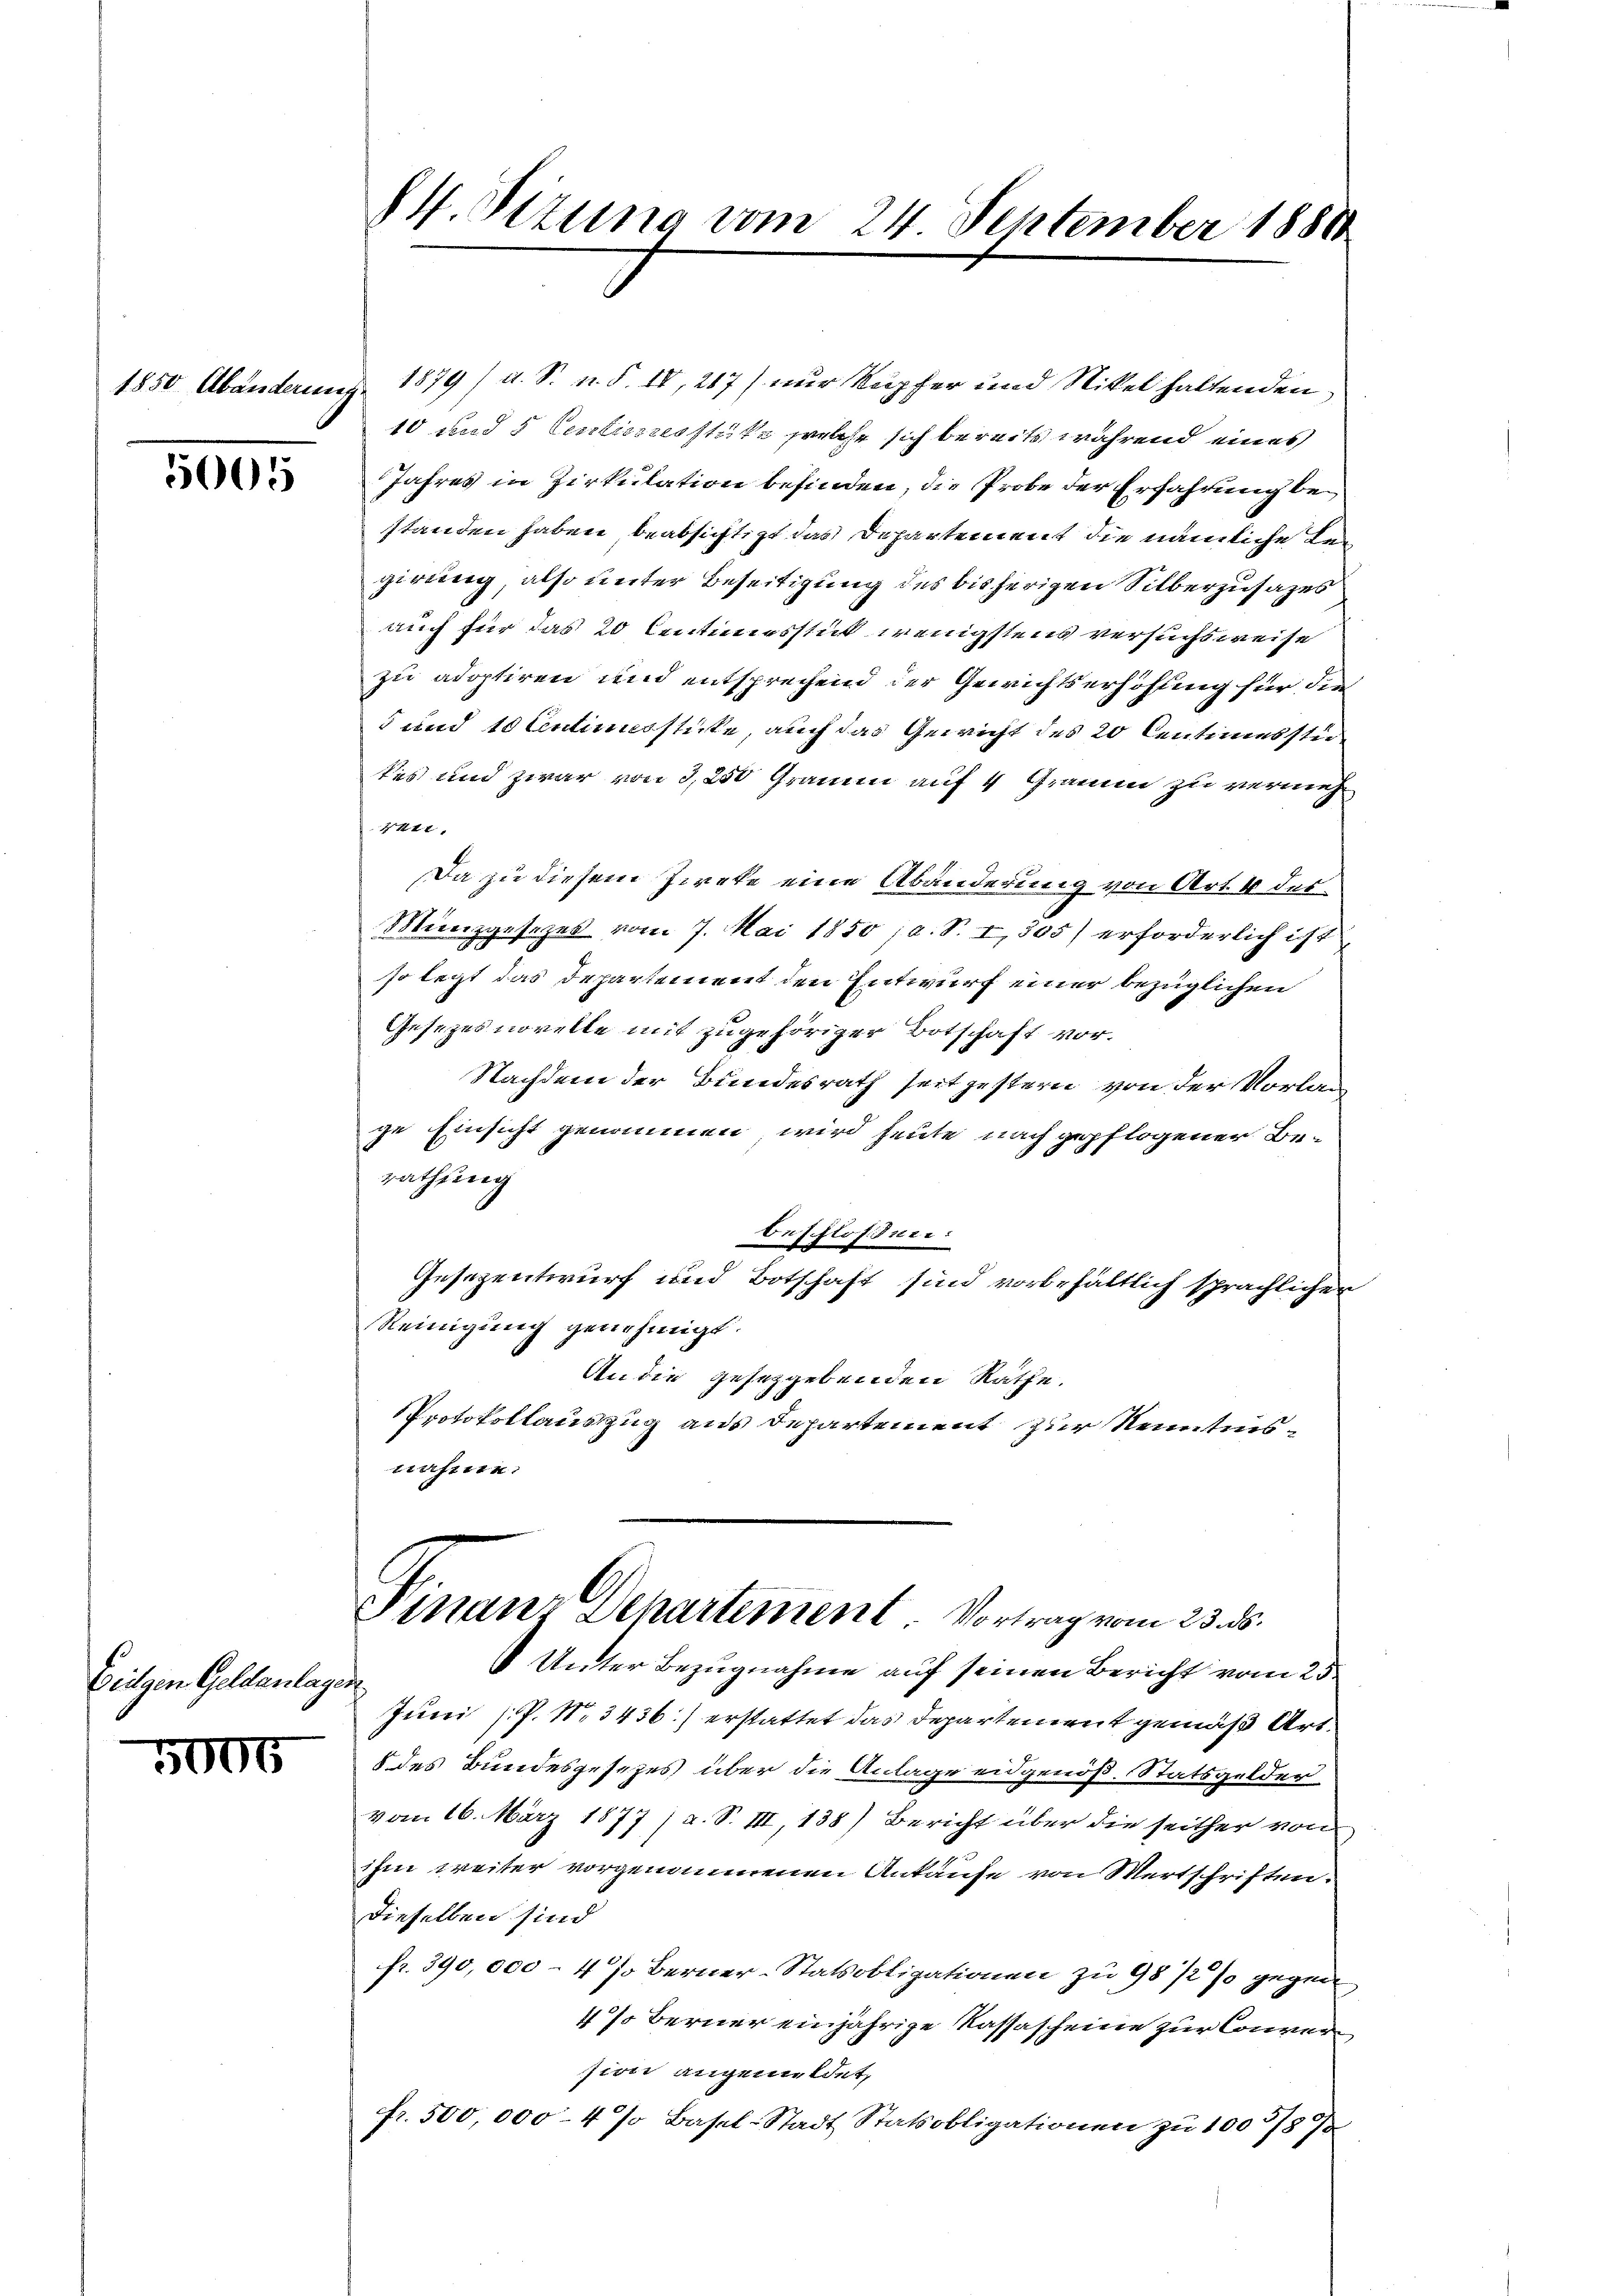
1850 Abänderung.

5005

Beilgen Geldanlage

5005

84. Sizung vom 24 September 1880

1879 /d. S. n. F. IV, 267) nur Kupfer und Stikel haltenden
10 und 5 Centumsstüke welche sich bereits während eines
Jahres in Zirkulation befinden, die Probe der Erfahrung bestanden haben beabsichtigt das Departement die nämliche Regirung, also unter Beseitigung des bisherigen Silberzusazes
auch für das 20 Centimesstick wenigstens versuchsweise
zu adoptiren und entsprechend der Gewichtserhöhung für die
5 und 10 Centimsstücke, auch das Gewicht des 20 Centemesstikes und zwar von 3, 250 Grauem auf 4 Gramm zu vermehr
441.
Da zu diesem Zieke eine Abänderung von Art. 4 des¬
Mienzgesezes vom 7. Mai 1850 ja. S. I,305) erforderlich ist
so legt das Departement den Entwurf einer bezüglichen
Gesezesnovelle mit zugehöriger Botschaft vor¬
Nachdem der Bundesrath seit gestern von der Vorlage Einsicht genommen wird heute nach gepflogener Berathung
beschlossen:
Gesezentwurf und Botschaft sind vorbehältlich sprächlicher
Reinigung genehmigt.
An die gesetzgebenden Räthe.
Protokollauszug aus departement zur Kenntnisnahme.
Finanz Departement. Vortrag vom 23. ds.
 Unter Bezugnahme auf seinen Bericht vom 25.
¬
Juni (P. Nr. 3436) erstattet das Departement gemäß Art.
8 des Bundesgesetzes über die Anlage eidgenöß, Statsgelder
vom 16. März 1877 (a. S. III, 138) Bericht über die seither von
ihm weiter vorgenommenen Ankaufe von Wertschriften.
dieselben sind
fr. 390,000 - 4 % Berner-Statsobligationen zu 98/2 % gegen
4 % berner einjährige Kassascheine zur Conversion angemeldet,
fr. 500,000 - 4 % Basel-Stadt Statsobligationen zu 1005/87